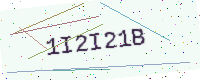
Text: 1I2I21B